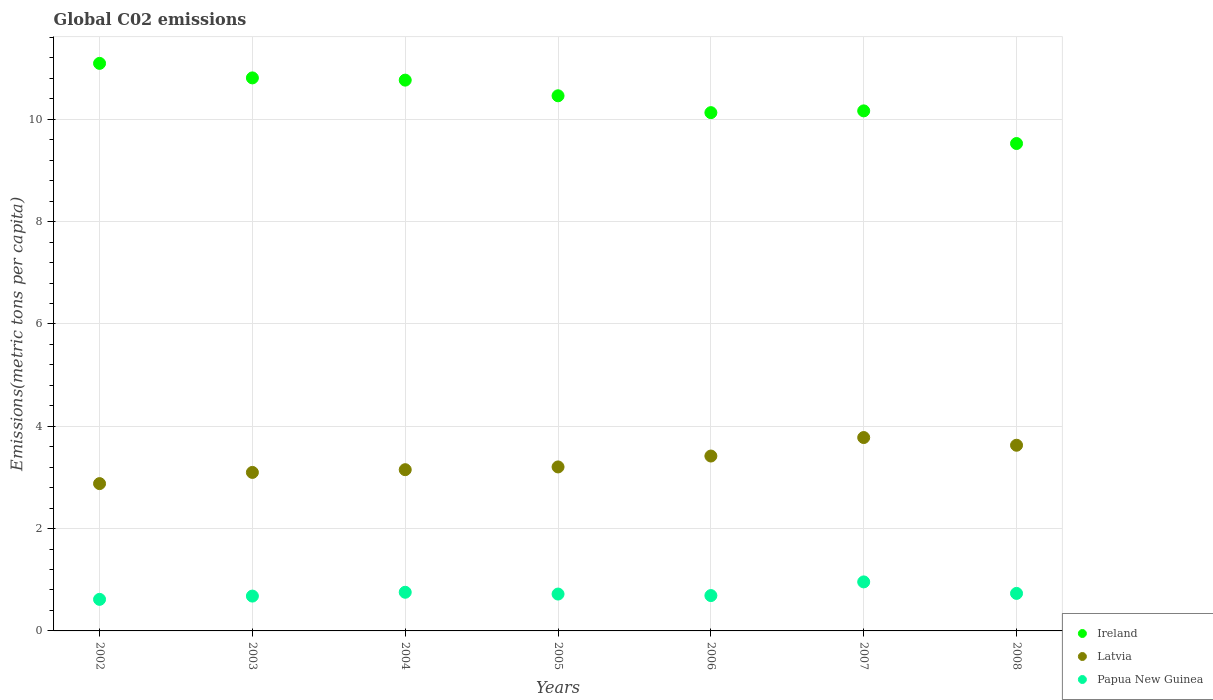
| Years | Ireland | Latvia | Papua New Guinea |
 | --- | --- | --- | --- |
 | 2002 | 11.1 | 2.88 | 0.617 |
 | 2003 | 10.8 | 3.1 | 0.681 |
 | 2004 | 10.8 | 3.15 | 0.756 |
 | 2005 | 10.5 | 3.21 | 0.721 |
 | 2006 | 10.1 | 3.42 | 0.691 |
 | 2007 | 10.2 | 3.78 | 0.958 |
 | 2008 | 9.53 | 3.63 | 0.733 |